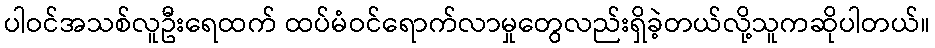
ပါဝင်အသစ်လူဦးရေထက် ထပ်မံဝင်ရောက်လာမှုတွေလည်းရှိခဲ့တယ်လို့သူကဆိုပါတယ်။